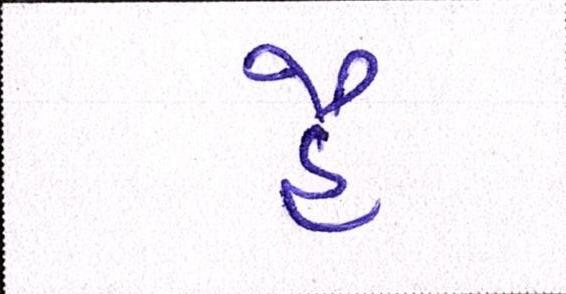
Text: હૈં